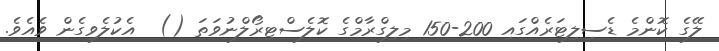
ލޭގެ ކޮންމެ ޑެސިލިޓަރެއްގައި 200-150 މިލިގްރާމްގެ ކޮލެސްޓިރޯލްނުވަތަ ()  އެކުލެވިގެން ވެއެވެ.